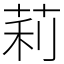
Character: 莉